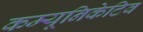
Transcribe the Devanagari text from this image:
कम्यूनिकेटिव